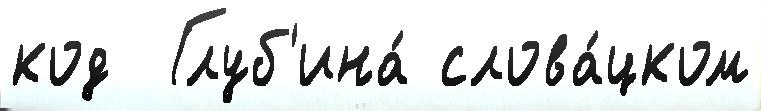
код  Глуб'ина́ слова́цком